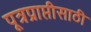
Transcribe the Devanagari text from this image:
पूत्रप्राप्तीसाठी